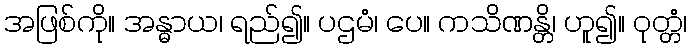
အဖြစ်ကို။ အန္ဓာယ၊ ရည်၍။ ပဌမံ၊ ပေ။ ကသိဏန္တိ၊ ဟူ၍။ ဝုတ္တံ၊